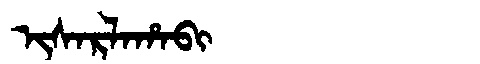
Manchu: ᡳᠰᠠᡵᠯᠠᡥᠠᠪᡳ
Romanization: ISARLAHABI